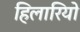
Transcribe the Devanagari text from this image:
हिलारियो